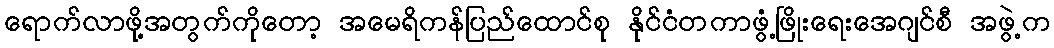
ရောက်လာဖို့အတွက်ကိုတော့ အမေရိကန်ပြည်ထောင်စု နိုင်ငံတကာဖွံ့ဖြိုးရေးအေဂျင်စီ အဖွဲ့က